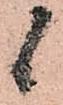
候